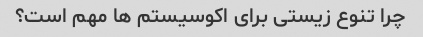
چرا تنوع زیستی برای اکوسیستم ها مهم است؟